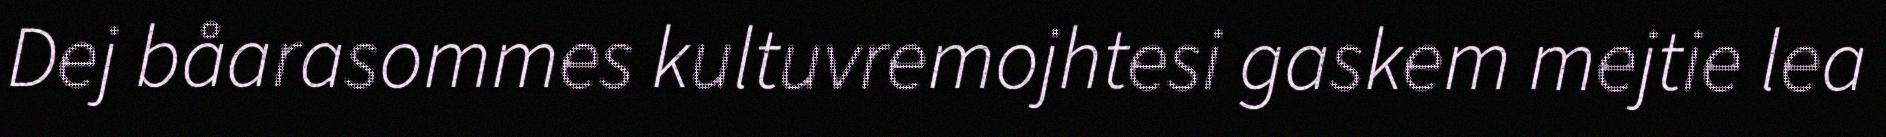
Dej båarasommes kultuvremojhtesi gaskem mejtie lea